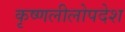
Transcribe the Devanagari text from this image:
कृष्णलीलोपदेश